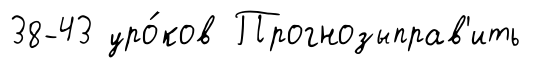
38-43 уро́ков Прогнозыправ'ить